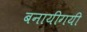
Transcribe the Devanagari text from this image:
बनायीगयी